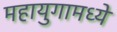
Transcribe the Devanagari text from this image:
महायुगामध्ये